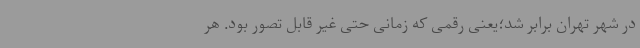
در شهر تهران برابر شد؛یعنی رقمی که زمانی حتی غیر قابل تصور بود. هر